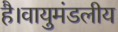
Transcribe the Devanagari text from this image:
है।वायुमंडलीय